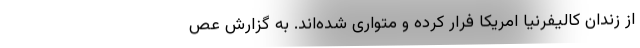
از زندان کالیفرنیا امریکا فرار کرده و متواری شده‌اند. به گزارش عص